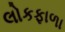
લોકફાળા